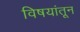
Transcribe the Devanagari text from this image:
विषयांतून